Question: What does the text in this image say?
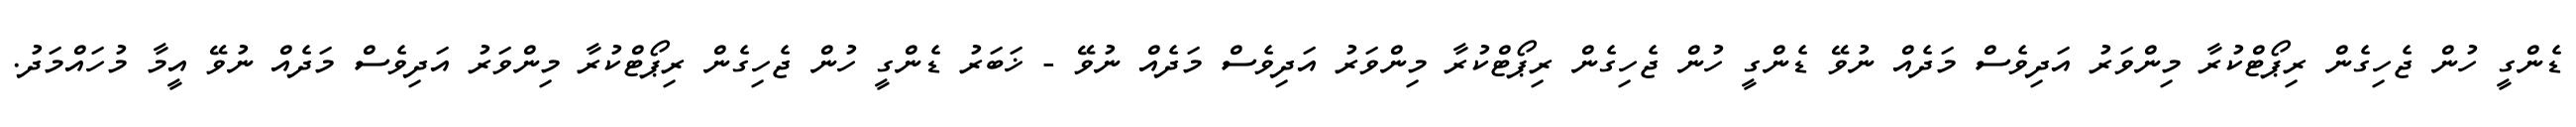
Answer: ޑެންގީ ހުން ޖެހިގެން ރިޕޯޓްކުރާ މިންވަރު އަދިވެސް މަދެއް ނުވޭ ޑެންގީ ހުން ޖެހިގެން ރިޕޯޓްކުރާ މިންވަރު އަދިވެސް މަދެއް ނުވޭ - ޚަބަރު ޑެންގީ ހުން ޖެހިގެން ރިޕޯޓްކުރާ މިންވަރު އަދިވެސް މަދެއް ނުވޭ އީމާ މުހައްމަދު.